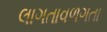
લાગતાવળગતા